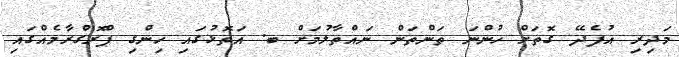
މަދިރި އުފެދޭ ގޮތަށް ހުންނަ ތަންތަން ނައްތާލުމަށް ބ. އަތޮޅުގައި ހިންގި ޕްރޮގްރާމެއްގައި